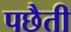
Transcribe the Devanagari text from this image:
पछैती